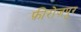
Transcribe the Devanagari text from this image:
फ़ीरोज़पुर